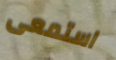
استمعى